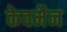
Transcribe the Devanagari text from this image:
केवमैन